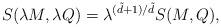
LaTeX: \begin{align*}S(\lambda M, \lambda Q)=\lambda ^{(\tilde{d}+1)/\tilde{d} }S(M,Q),\end{align*}